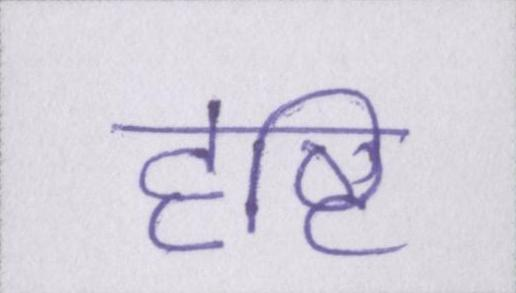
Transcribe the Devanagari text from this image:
दृष्टि